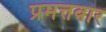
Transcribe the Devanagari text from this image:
प्रमत्तवार